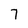
Character: 7